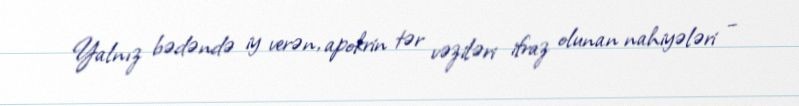
Yalnız bədəndə iy verən, apokrin tər vəziləri ifraz olunan nahiyələri –